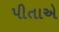
પીતાએ